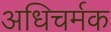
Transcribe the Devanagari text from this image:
अधिचर्मक